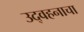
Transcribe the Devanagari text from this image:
उद्वहनाचा